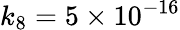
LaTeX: k_{8}=5\times 10^{-16}